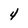
Character: 4